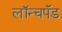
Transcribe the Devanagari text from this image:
लॉन्चपॅड